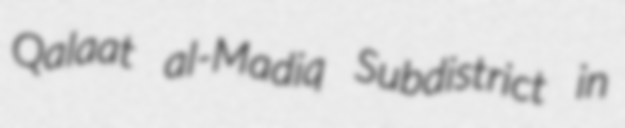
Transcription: Qalaat al-Madiq Subdistrict in